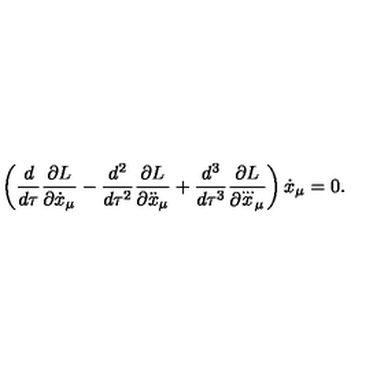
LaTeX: \left( \frac { d } { d \tau } \frac { \partial L } { \partial { \dot { x } } _ { \mu } } - \frac { d ^ { 2 } } { d \tau ^ { 2 } } \frac { \partial L } { \partial { \ddot { x } } _ { \mu } } + \frac { d ^ { 3 } } { d \tau ^ { 3 } } \frac { \partial L } { \partial { \stackrel { \ldots } { x } } _ { \mu } } \right) { \dot { x } } _ { \mu } = 0 .